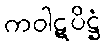
ကဝါဋပိဋ္ဌံ